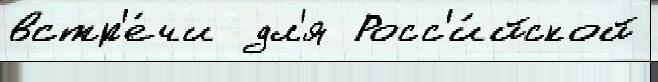
встр'е́чи  дл'я Росс'и́йской